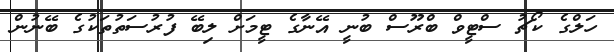
ހަލްގެ ކޯޗު ސްޓީވް ބްރޫސް ބުނީ އޭނާގެ ޓީމަށް ލިބޭ ފުރުސަތުތަކުގެ ބޭނުން